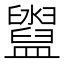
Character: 𥃔